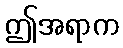
ဤအရာက